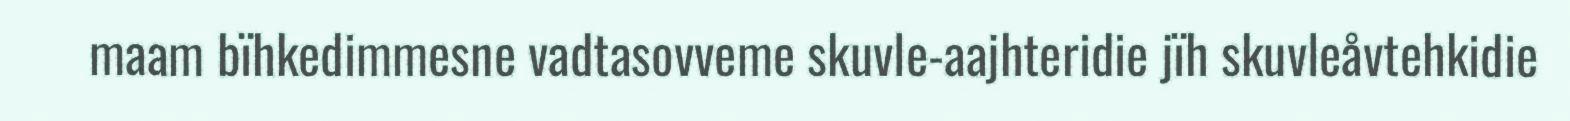
maam bïhkedimmesne vadtasovveme skuvle-aajhteridie jïh skuvleåvtehkidie